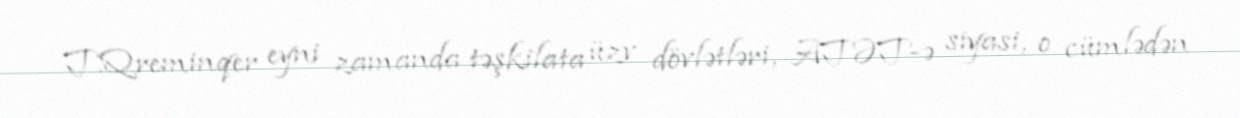
T.Qreminqer eyni zamanda təşkilata üzv dövlətləri, ATƏT-ə siyasi, o cümlədən